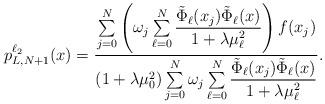
LaTeX: \begin{align*}p_{L,N+1}^{\ell_2}(x)=\dfrac{\sum\limits_{j=0}^N\left(\omega_j\sum\limits_{\ell=0}^N\dfrac{\tilde{\Phi}_{\ell}(x_j)\tilde{\Phi}_{\ell}(x)}{1+\lambda\mu_{\ell}^2}\right)f(x_j)}{(1+\lambda\mu_0^2)\sum\limits_{j=0}^N\omega_j\sum\limits_{\ell=0}^N\dfrac{\tilde{\Phi}_{\ell}(x_j)\tilde{\Phi}_{\ell}(x)}{1+\lambda\mu_{\ell}^2}}.\end{align*}